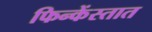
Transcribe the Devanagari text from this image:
फिन्केंस्तात